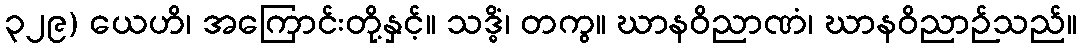
၃၂၉) ယေဟိ၊ အကြောင်းတို့နှင့်။ သဒ္ဓိံ၊ တကွ။ ဃာနဝိညာဏံ၊ ဃာနဝိညာဉ်သည်။